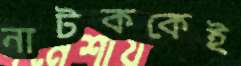
নাটককেই